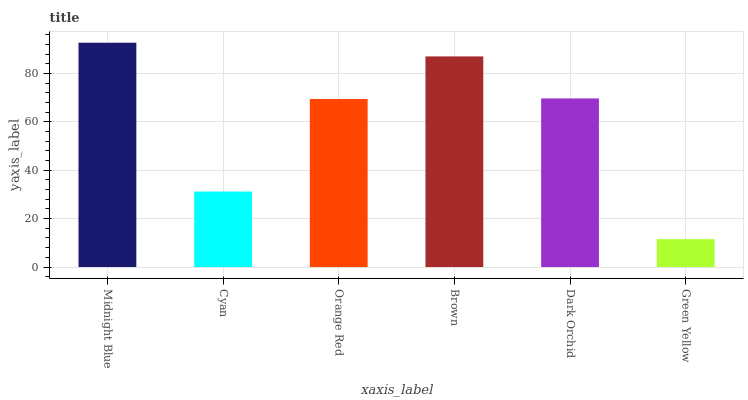
| xaxis_label | bars |
 | --- | --- |
 | Midnight Blue | 92.7 |
 | Cyan | 31.2 |
 | Orange Red | 69.4 |
 | Brown | 87 |
 | Dark Orchid | 69.7 |
 | Green Yellow | 11.5 |